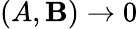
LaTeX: (A,\mathbf{B})\rightarrow0